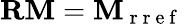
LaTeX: \mathbf{RM}=\mathbf{M}_{\mathrm{~r~r~e~f~}}